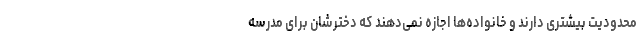
محدودیت بیشتری دارند و خانواده‌ها اجازه نمی‌دهند که دخترشان برای مدرسه